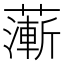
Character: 𦾶